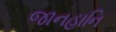
જાનહાનિ